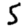
Digit: 5